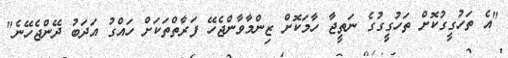
"އެ ތަހުގީގުކޮށް ތަހުގީގުގެ ނަތީޖާ ހާމަކޮށް ޒިންމާވާންޖެހޭ ފަރާތްތަކަށް ހައްގު އަދަބު ދޭންޖެހޭނެ"